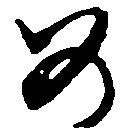
め